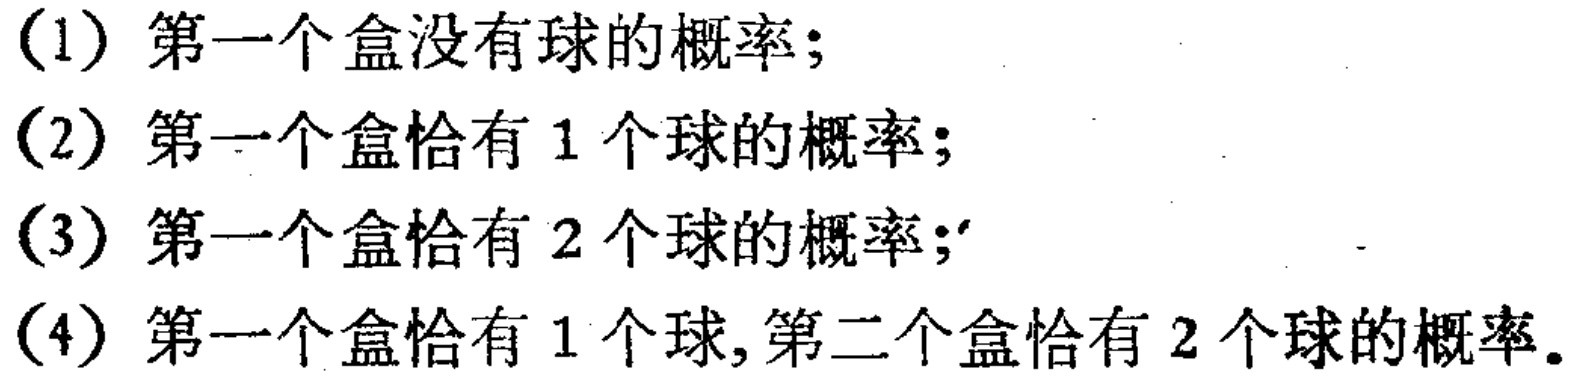
(1) 第一个盒没有球的概率；
(2) 第一个盒恰有 1 个球的概率；
(3) 第一个盒恰有 2 个球的概率；
(4) 第一个盒恰有 1 个球,第二个盒恰有 2 个球的概率。